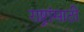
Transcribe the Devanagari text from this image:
राष्ट्रांसाठी